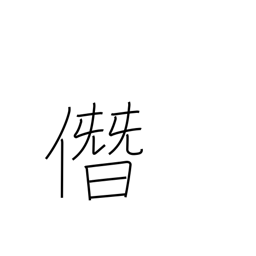
Meaning: boastfully usurp